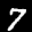
Label: 7